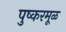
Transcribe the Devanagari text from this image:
पुष्करमूळ